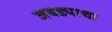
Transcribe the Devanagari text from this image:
जबड्याचा